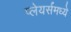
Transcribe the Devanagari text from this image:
प्लेयर्समध्ये